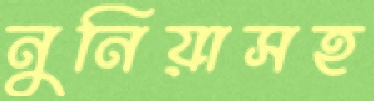
নুনিয়াসহ